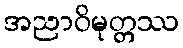
အညာဝိမုတ္တဿ